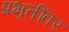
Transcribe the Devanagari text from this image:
प्रभृतींवर